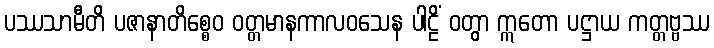
ပဿသာမီတိ ပဇာနာတိစ္စေဝ ဝတ္တမာနကာလဝသေန ပါဠိံ ဝတွာ ဣတော ပဋ္ဌာယ ကတ္တဗ္ဗဿ